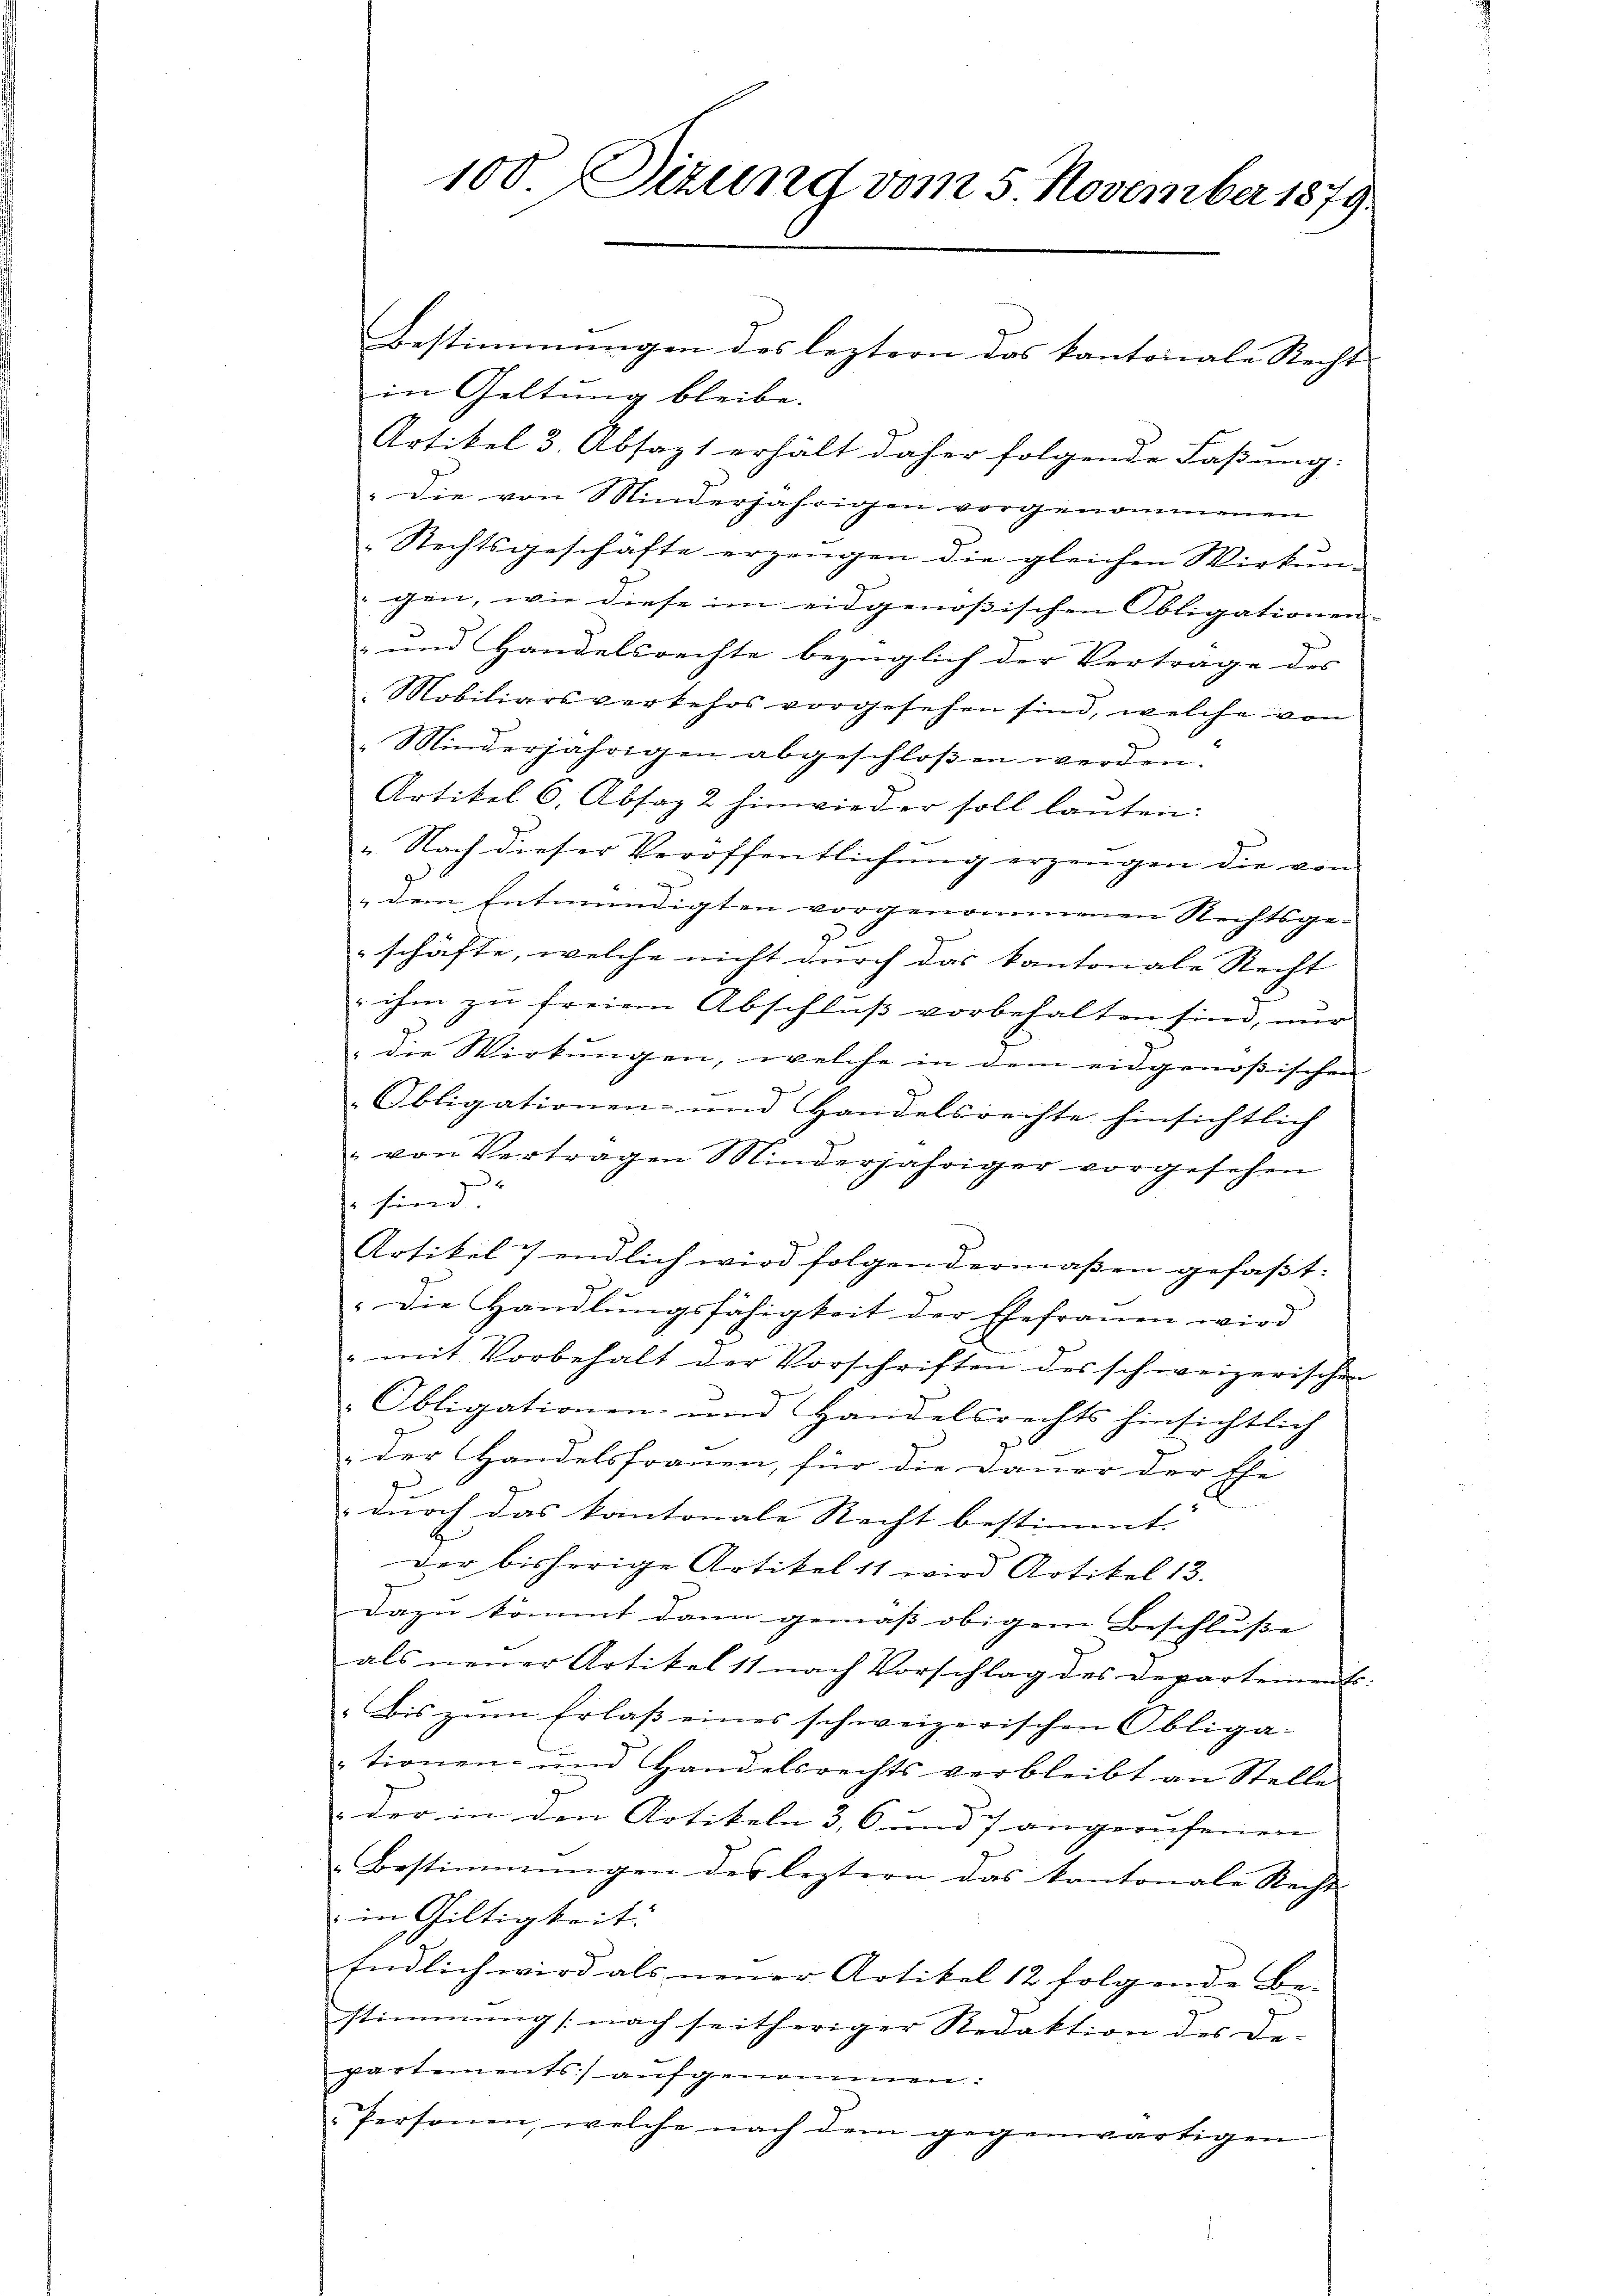
Bestimmungen des leztern das kantonale Recht |
in Geltung bleibe.
Artikel 3. Absagt erhält daher folgende Faßung.
" die von Minderjährigen vorgenommenen
Rechtsgeschäfte erzeugen die gleichen Wirkun-
gen, wie diese im eidgenößischen Obligationen-
 und Handelsrechte bezüglich der Vertrage des
Mobiliarsverkehrs vorgesehen sind, welche von
9
Minderjährigen abgeschloßen werden.
Artikel 6. Absaz 2 hinwieder soll lauten:
". Nach dieser Veröffentlichung erzeugen die von
.
dem Entmündigten vorgenommenen Rechtsge-
schäfte, welche nicht durch das kantonale Recht
 ihm zu freien Abschluß vorbehalten sind, nur
die Wirkungen, welche in dem eidgenössischen
„Obligationen- und Handelsrechte hinsichtlich
von Vertragen Minderjähriger vorgesehen
x
 sind.
Artikel 7 endlich wird folgendermaßen gefaßt:
Die Handlungsfähigkeit der Ehefrauen wird
: mit Vorbehalt der Vorschriften des schweizerischen
Obligationen und Handelsrechts hinsichtlich
der Handelsfrauen, für die Dauer der Ehe-
durch das kantonale Recht bestimmt. |
der bisherige Artikelst wird Artikel 13.
Dazu kömmt dann gemäß obigem Beschlusse |
als neuer Artikel 11 nach Vorschlag des Departement:
Bis zum Erlass eines schweizerischen Obliga-
tionen- und Handelsrechts verbleibt an Stell
 der in den Artikeln 3, 6 und 7 angerufenen
Bestimmungen des leztern das Kantonale Recht
 in Giltigkeit.
Endlich wird als neuer Artikel 12 folgende Be-
stimmung (nach seitheriger Redaktion des De-
partements aufgenommen:
" Personen, welche nach dem gegenwärtigen

100. Sizung vom 5. November 1879.